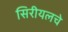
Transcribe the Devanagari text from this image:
सिरीयलचे